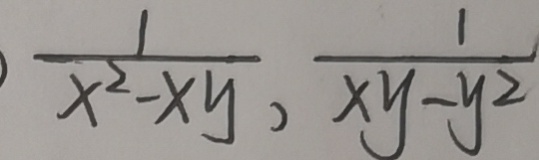
\frac { 1 } { x ^ { 2 } - x y } , \frac { 1 } { x y - y ^ { 2 } }